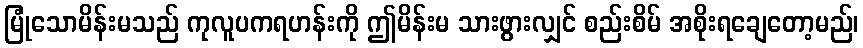
မြုံသောမိန်းမသည် ကုလူပကရဟန်းကို ဤမိန်းမ သားဖွားလျှင် စည်းစိမ် အစိုးရချေတော့မည်၊